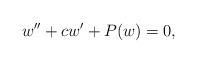
LaTeX: \begin{align*}w'' + c w' + P(w) = 0,\end{align*}